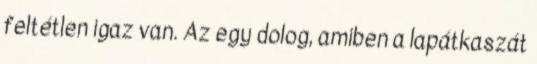
feltétlen igaz van. Az egy dolog, amiben a lapátkaszát